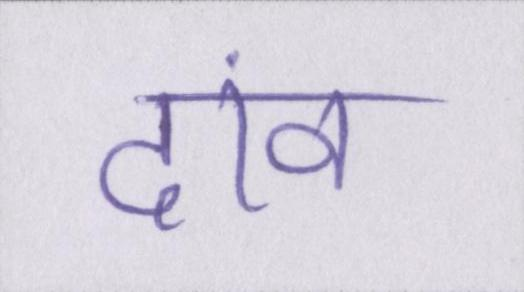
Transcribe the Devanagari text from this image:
दांव